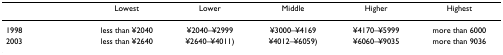
|  | Lowest | Lower | Middle | Higher | Highest |
 | --- | --- | --- | --- | --- | --- |
 | 1998 | less than ¥2040 | ¥2040–¥2999 | ¥3000–¥4169 | ¥4170–¥5999 | more than 6000 |
 | 2003 | less than ¥2640 | ¥2640–¥4011) | ¥4012–¥6059) | ¥6060–¥9035 | more than 9036 |